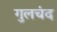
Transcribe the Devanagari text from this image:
गुलचंद